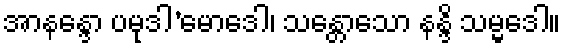
အာနန္ဒော ပမုဒါ’မောဒေါ၊ သန္တောသော နန္ဒိ သမ္မဒေါ။